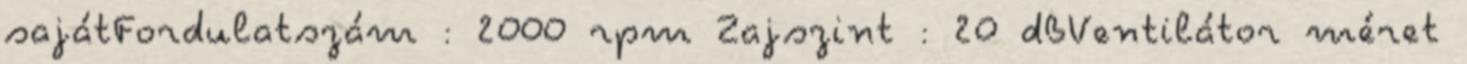
sajátFordulatszám : 2000 rpm Zajszint : 20 dBVentilátor méret